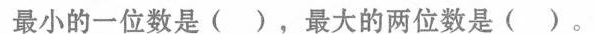
最小的一位数是()，最大的两位数是()。